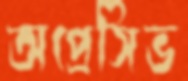
অপ্রেসিভ